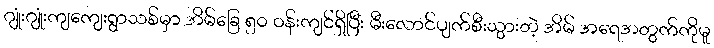
ဂျုံးဂျုံးကျကျေးရွာသစ်မှာ အိမ်ခြေ ၅၀ ဝန်းကျင်ရှိပြီး မီးလောင်ပျက်စီးသွားတဲ့ အိမ် အရေအတွက်ကိုမူ